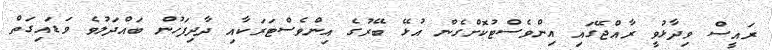
ރައީސް ވިދާޅުވީ ރާއްޖޭގައި އިންވެސްޓުކޮށްގެން އުޅޭ ބޭރުގެ އިންވެސްޓަރަކާއި ދާދިފަހުން ބައްދަލުވެ ވަޑައިގަތް